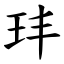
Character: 玤